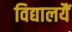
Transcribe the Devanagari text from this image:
विद्यालयैं